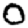
Digit: 0